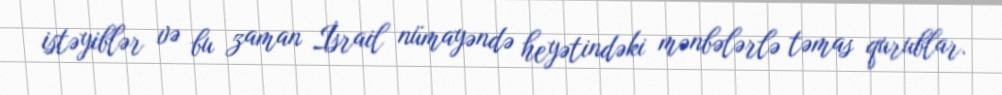
istəyiblər və bu zaman İsrail nümayəndə heyətindəki mənbələrlə təmas qurublar.